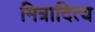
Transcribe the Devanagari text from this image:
मित्रादित्य